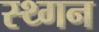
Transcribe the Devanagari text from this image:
स्थ्गन